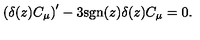
\left( \delta ( z ) C _ { \mu } \right) ^ { \prime } - 3 \mathrm { s g n } ( z ) \delta ( z ) C _ { \mu } = 0 .